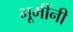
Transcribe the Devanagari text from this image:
भूमींनी